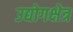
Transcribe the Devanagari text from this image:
उद्योगक्षेत्र